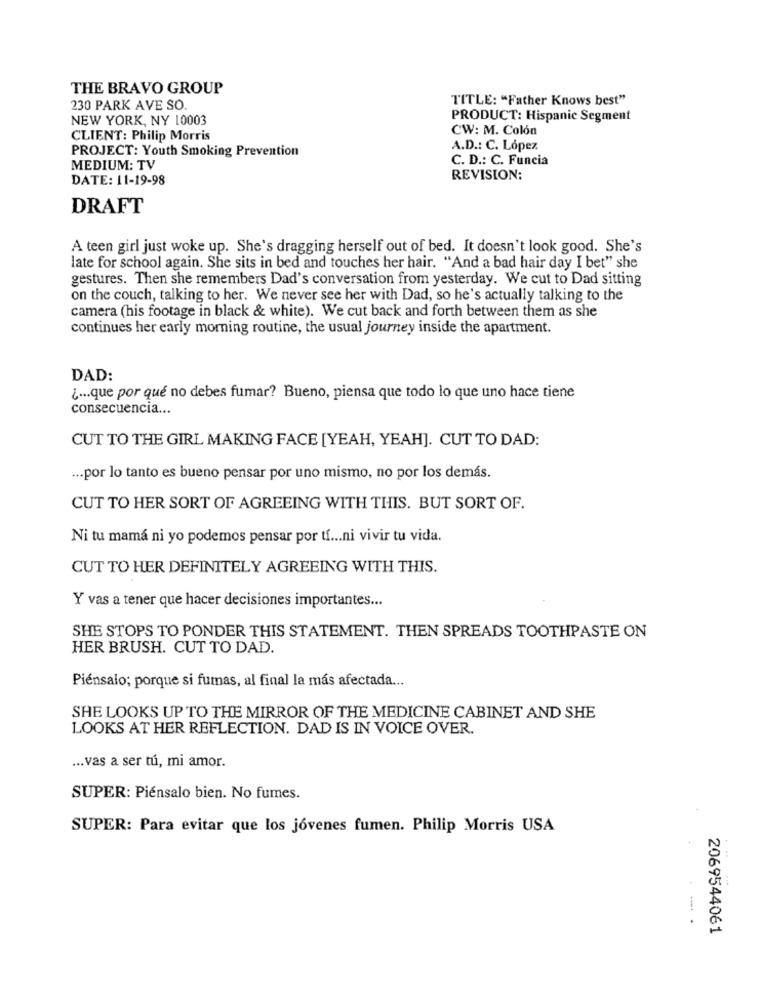
THE BRAVO GROUP
TITLE: "Father Knows best"
230 PARK AVE SO.
NEW YORK, NY 10003
PRODUCT: Hispanic Segment
CW: M. Colón
CLIENT: Philip Morris
PROJECT: Youth Smoking Prevention
A.D .: C. López
C. D .: C. Funcia
MEDIUM: TV
DATE: 11-19-98
REVISION:
DRAFT
A teen girl just woke up. She's dragging herself out of bed. It doesn't look good. She's
late for school again. She sits in bed and touches her hair. "And a bad hair day I bet" she
gestures. Then she remembers Dad's conversation from yesterday. We cut to Dad sitting
on the couch, talking to her. We never see her with Dad, so he's actually talking to the
camera (his footage in black & white). We cut back and forth between them as she
continues her early morning routine, the usual journey inside the apartment.
DAD:
¿... que por qué no debes fumar? Bueno, piensa que todo lo que uno hace tiene
consecuencia ...
CUT TO THE GIRL MAKING FACE [YEAH, YEAH]. CUT TO DAD:
... por lo tanto es bueno pensar por uno mismo, no por los demás.
CUT TO HER SORT OF AGREEING WITH THIS. BUT SORT OF.
Ni tu mamá ni yo podemos pensar por tf ... ni vivir tu vida.
CUT TO HER DEFINITELY AGREEING WITH THIS.
Y vas a tener que hacer decisiones importantes ...
SHE STOPS TO PONDER THIS STATEMENT. THEN SPREADS TOOTHPASTE ON
HER BRUSH. CUT TO DAD.
Piénsalo; porque si fumas, al final la más afectada ...
SHE LOOKS UP TO THE MIRROR OF THE MEDICINE CABINET AND SHE
LOOKS AT HER REFLECTION. DAD IS IN VOICE OVER.
... vas a ser tú, mi amor.
SUPER: Piénsalo bien. No fumes.
SUPER: Para evitar que los jóvenes fumen. Philip Morris USA
.-. .
2069544061